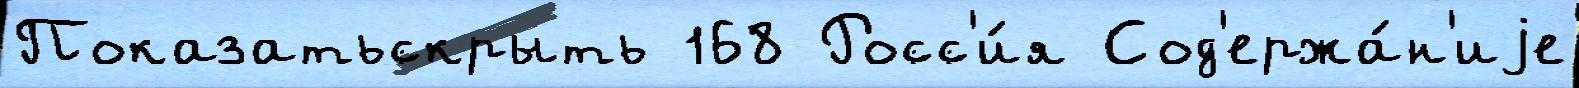
Показатьскрыть 168 Росс'и́я Сод'ержа́н'иjе